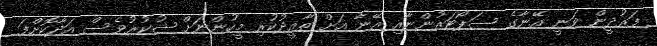
ފަރުދީން ވަނީ އޭނާގެ ސަޕޯޓަރުންނާއި އޭނާ އަށް ތާއީދުކުރި މީހުންނަށް ޝުކުރުވެސް އަދާކޮށްފަ